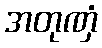
အတုဏှံ